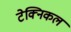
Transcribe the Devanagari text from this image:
टेक्‍िनकल